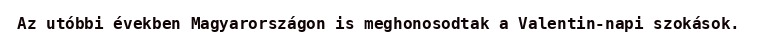
Az utóbbi években Magyarországon is meghonosodtak a Valentin-napi szokások.